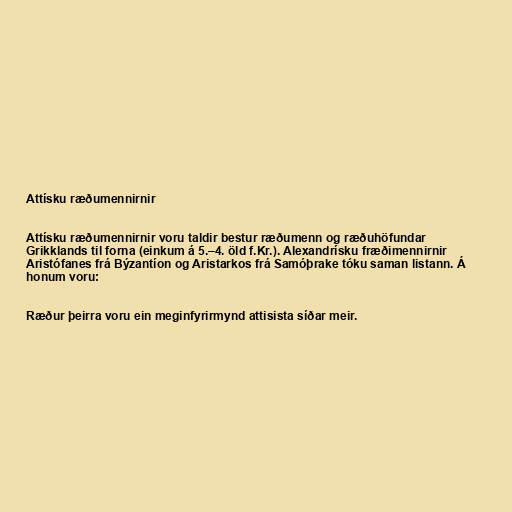
Attísku ræðumennirnir

Attísku ræðumennirnir voru taldir bestur ræðumenn og ræðuhöfundar
Grikklands til forna (einkum á 5.–4. öld f.Kr.). Alexandrísku fræðimennirnir
Aristófanes frá Býzantíon og Aristarkos frá Samóþrake tóku saman listann. Á
honum voru:

Ræður þeirra voru ein meginfyrirmynd attisista síðar meir.